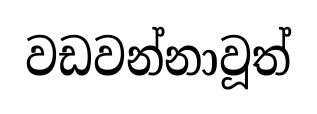
වඩවන්නාවූත්